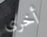
أخرى